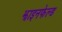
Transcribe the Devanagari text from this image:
झाइनफेल्ड